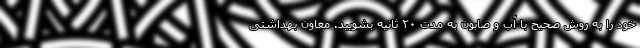
خود را به روش صحیح با آب و صابون به مدت ۲۰ ثانیه بشویید. معاون بهداشتی